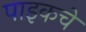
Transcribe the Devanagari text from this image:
पाइकचे